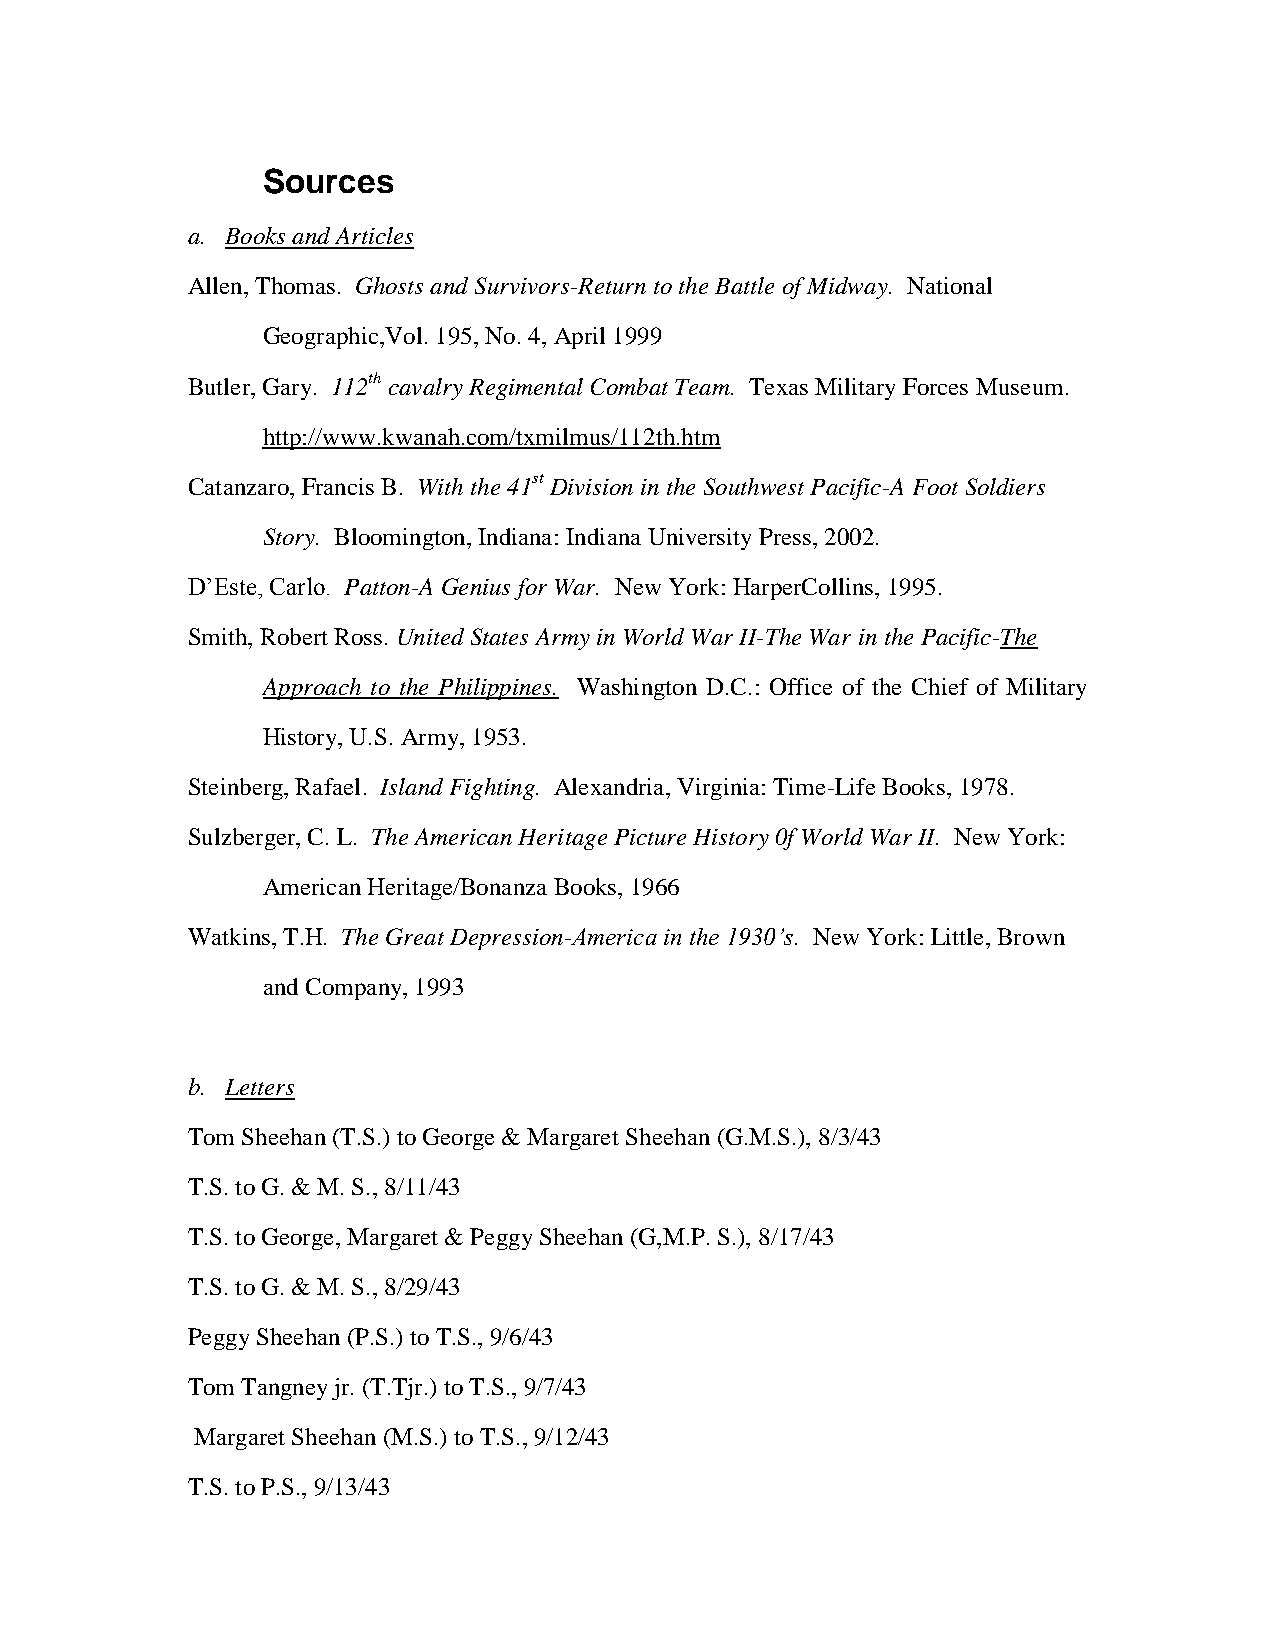
Sources
 a. Books and Articles
 Allen, Thomas. Ghosts and Survivors-Return to the Battle of Midway. National
 Geographic,Vol. 195, No. 4, April 1999
 Butler, Gary. 112th cavalry Regimental Combat Team. Texas Military Forces Museum.
 http://www.kwanah.com/txmilmus/112th.htm
 Catanzaro, Francis B. With the 41st Division in the Southwest Pacific-A Foot Soldiers
 Story. Bloomington, Indiana: Indiana University Press, 2002.
 D’Este, Carlo. Patton-A Genius for War. New York: HarperCollins, 1995.
 Smith, Robert Ross. United States Army in World War II-The War in the Pacific-The
 Approach to the Philippines. Washington D.C.: Office of the Chief of Military
 History, U.S. Army, 1953.
 Steinberg, Rafael. Island Fighting. Alexandria, Virginia: Time-Life Books, 1978.
 Sulzberger, C. L. The American Heritage Picture History 0f World War II. New York:
 American Heritage/Bonanza Books, 1966
 Watkins, T.H. The Great Depression-America in the 1930’s. New York: Little, Brown
 and Company, 1993
 b. Letters
 Tom Sheehan (T.S.) to George & Margaret Sheehan (G.M.S.), 8/3/43
 T.S. to G. & M. S., 8/11/43
 T.S. to George, Margaret & Peggy Sheehan (G,M.P. S.), 8/17/43
 T.S. to G. & M. S., 8/29/43
 Peggy Sheehan (P.S.) to T.S., 9/6/43
 Tom Tangney jr. (T.Tjr.) to T.S., 9/7/43
 Margaret Sheehan (M.S.) to T.S., 9/12/43
 T.S. to P.S., 9/13/43